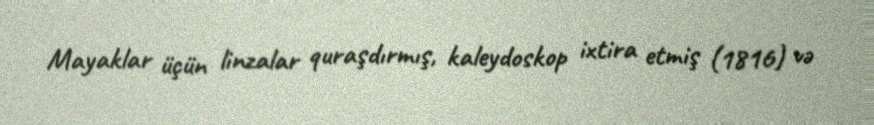
Mayaklar üçün linzalar quraşdırmış, kaleydoskop ixtira etmiş (1816) və